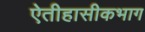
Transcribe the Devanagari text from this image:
ऐतीहासीकभाग